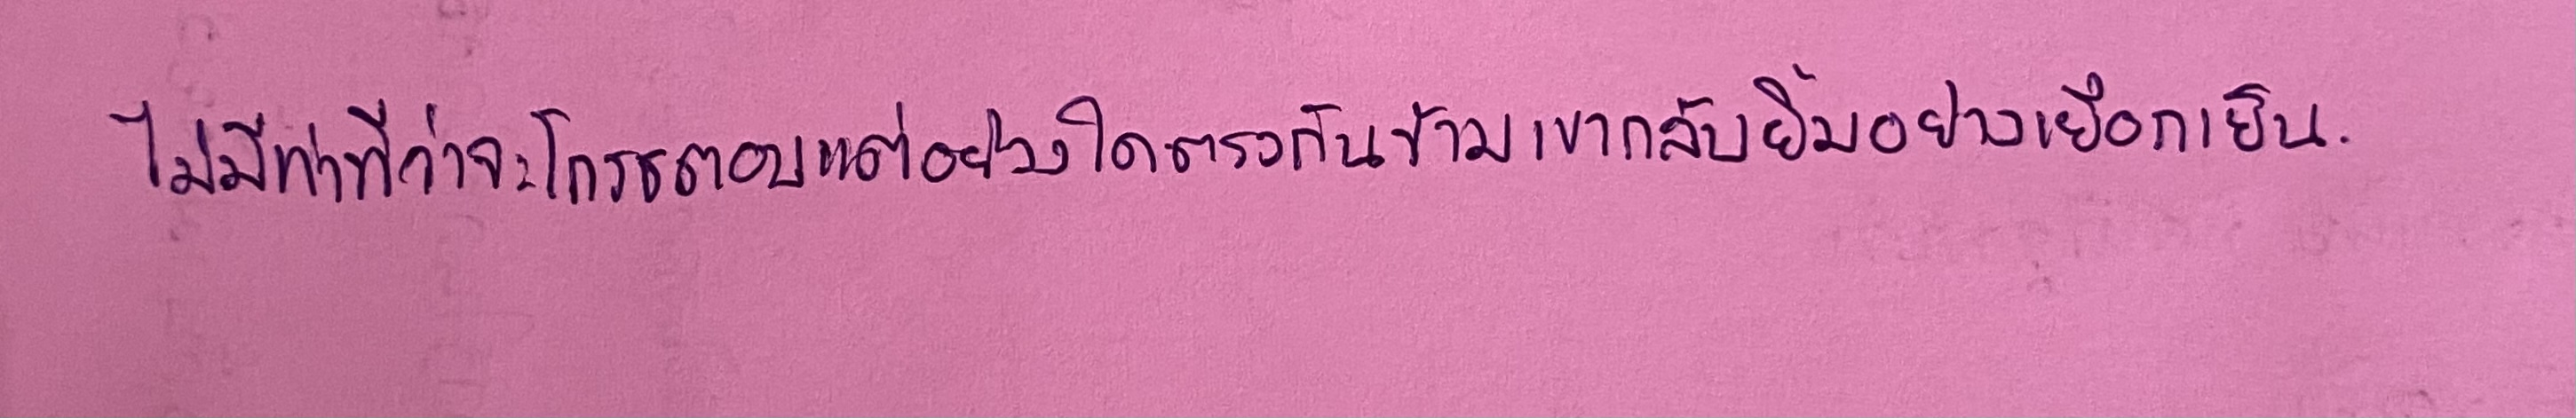
ไม่มีทีท่าว่าจะโกรธตอบแต่อย่างใดตรงกันข้ามเขากลับยิ้มอย่างเยือกเย็น